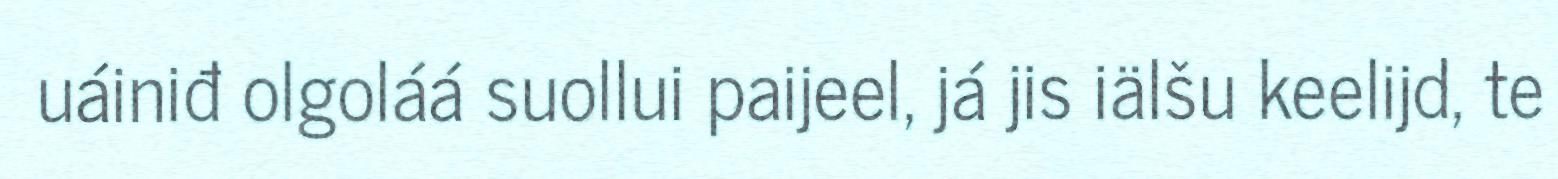
uáiniđ olgoláá suollui paijeel, já jis iälšu keelijd, te